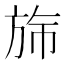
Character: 𬀂